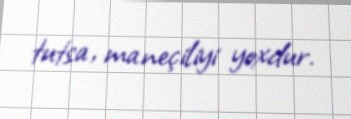
tutsa, maneçiliyi yoxdur.